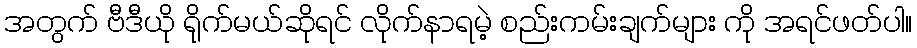
အတွက် ဗီဒီယို ရိုက်မယ်ဆိုရင် လိုက်နာရမဲ့ စည်းကမ်းချက်များ ကို အရင်ဖတ်ပါ။